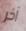
آخر